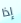
إذا